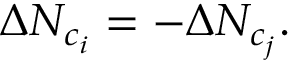
\Delta N _ { c _ { i } } = - \Delta N _ { c _ { j } } .